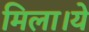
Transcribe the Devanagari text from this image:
मिला।ये